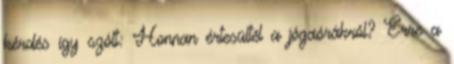
kérdés így szólt: Honnan értesültél a jógaórákról? Erre a